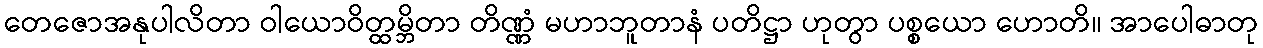
တေဇောအနုပါလိတာ ဝါယောဝိတ္ထမ္ဘိတာ တိဏ္ဏံ မဟာဘူတာနံ ပတိဋ္ဌာ ဟုတွာ ပစ္စယော ဟောတိ။ အာပေါဓာတု